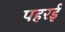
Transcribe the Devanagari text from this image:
पहरई